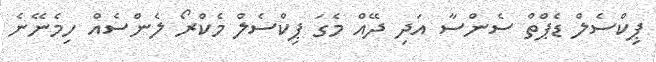
ޕިކްސެލް ޑެޕްތް ސެންސާ އަދި ދޭއް މެގަ ޕިކްސެލް މެކްރޯ ލެންސެއް ހިމެނޭނެ